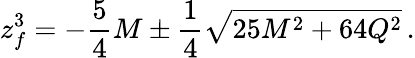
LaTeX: z_{f}^{3}=-{\frac{5}{4}}M\pm{\frac{1}{4}}\sqrt{25M^{2}+64Q^{2}}\, .